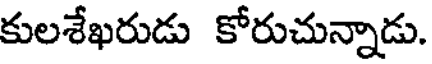
కులశేఖరుడు కోరుచున్నాడు.